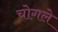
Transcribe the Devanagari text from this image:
चोगले